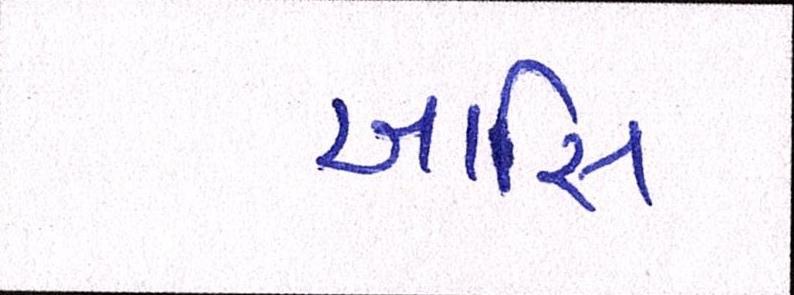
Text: આસિ